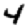
Digit: 4